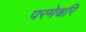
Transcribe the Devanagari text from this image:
परमेश्वरि